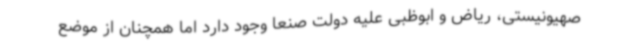
صهیونیستی، ریاض و ابوظبی علیه دولت صنعا وجود دارد اما همچنان از موضع